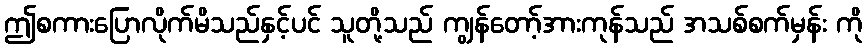
ဤစကားပြောလိုက်မိသည်နှင့်ပင် သူတို့သည် ကျွန်တော့်အားကုန်သည် အသစ်စက်မှန်း ကို